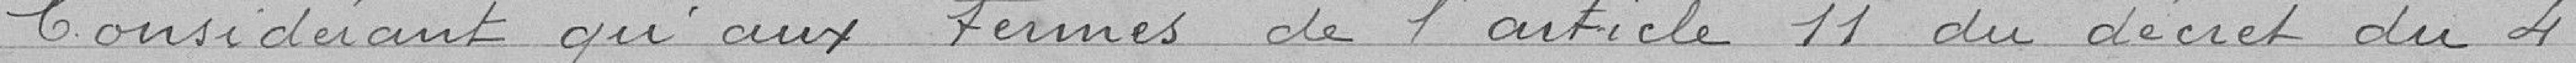
Considérant qu'aux termes de l'article 11 du décret du 4